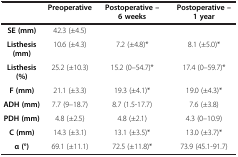
<table><thead><tr><td><b> </b></td><td><b>Preoperative</b></td><td><b>Postoperative – 6 weeks</b></td><td><b>Postoperative – 1 year</b></td></tr></thead><tbody><tr><td><b>SE (mm)</b></td><td>42.3 (±4.5)</td><td> </td><td> </td></tr><tr><td><b>Listhesis (mm)</b></td><td>10.6 (±4.3)</td><td>7.2 (±4.8)*</td><td>8.1 (±5.0)*</td></tr><tr><td><b>Listhesis (%)</b></td><td>25.2 (±10.3)</td><td>15.2 (0–54.7)*</td><td>17.4 (0–59.7)*</td></tr><tr><td><b>F (mm)</b></td><td>21.1 (±3.3)</td><td>19.3 (±4.1)*</td><td>19.0 (±4.3)*</td></tr><tr><td><b>ADH (mm)</b></td><td>7.7 (9–18.7)</td><td>8.7 (1.5-17.7)</td><td>7.6 (±3.8)</td></tr><tr><td><b>PDH (mm)</b></td><td>4.8 (±2.5)</td><td>4.8 (±2.1)</td><td>4.3 (0–10.9)</td></tr><tr><td><b>C (mm)</b></td><td>14.3 (±3.1)</td><td>13.1 (±3.5)*</td><td>13.0 (±3.7)*</td></tr><tr><td><b>α (°)</b></td><td>69.1 (±11.1)</td><td>72.5 (±11.8)*</td><td>73.9 (45.1-91.7)</td></tr></tbody></table>